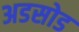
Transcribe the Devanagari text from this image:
अडसोड